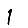
Digit: 1